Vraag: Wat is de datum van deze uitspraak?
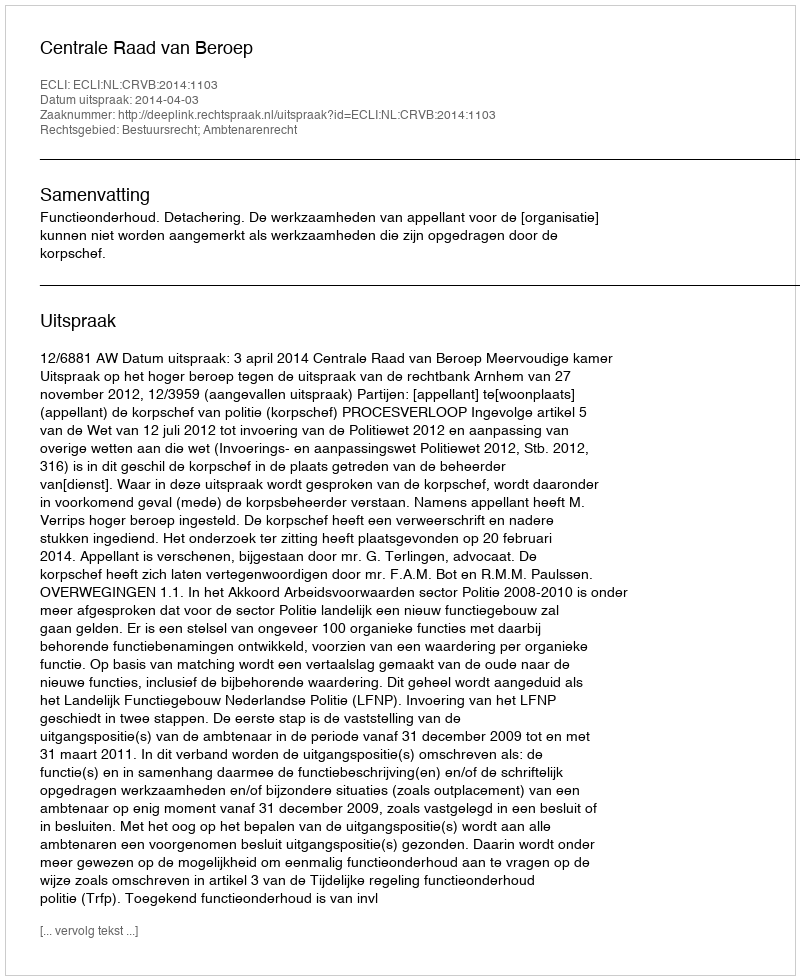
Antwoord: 2014-04-03